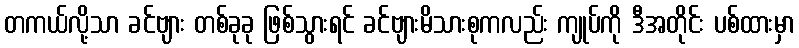
တကယ်လို့သာ ခင်ဗျား တစ်ခုခု ဖြစ်သွားရင် ခင်ဗျားမိသားစုကလည်း ကျုပ်ကို ဒီအတိုင်း ပစ်ထားမှာ